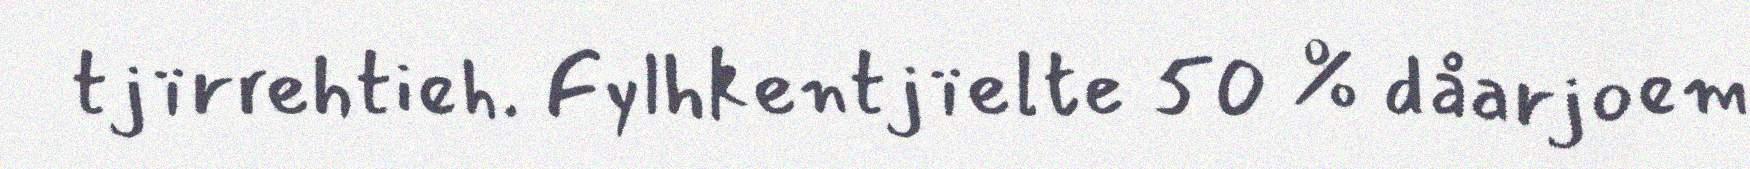
tjïrrehtieh. Fylhkentjïelte 50 % dåarjoem